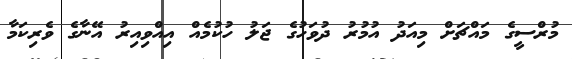
މުރްސީގެ މައްޗަށް މިއަދު އުމުރު ދުވަހުގެ ޖަލު ހުކުމެއް އިއްވިއިރު އޭނާގެ ވެރިކަމާ